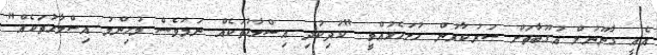
އެއީ ގާނޫނުލް އުގޫބާތަށް ސަރުކާރުން ހުށަހެޅުއްވީ "ކުދިކުދި އިސްލާހުތަކެއް ނަމަވެސް މުހިންމު އިސްލާހުތަކެއް"